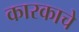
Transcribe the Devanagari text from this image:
कारकाचे